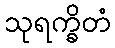
သုရက္ခိတံ